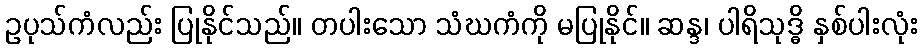
ဥပုသ်ကံလည်း ပြုနိုင်သည်။ တပါးသော သံဃကံကို မပြုနိုင်။ ဆန္ဒ၊ ပါရိသုဒ္ဓိ နှစ်ပါးလုံး